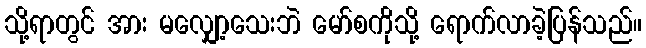
သို့ရာတွင် အား မလျှော့သေးဘဲ မော်စကိုသို့ ရောက်လာခဲ့ပြန်သည်။